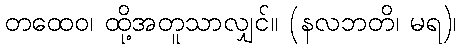
တထေဝ၊ ထို့အတူသာလျှင်။ (နလဘတိ၊ မရ)၊